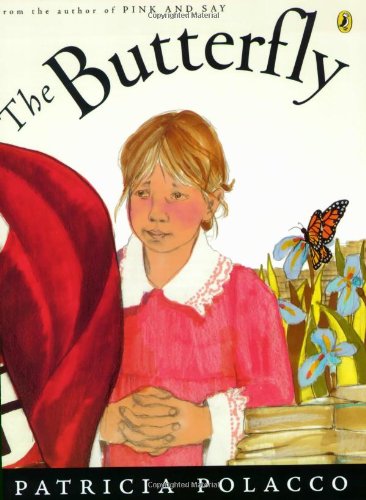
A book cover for The Butterfly; Patricia Polacco; Children's Books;